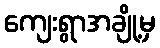
ကျေးရွာအချို့မှ